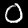
Digit: 0